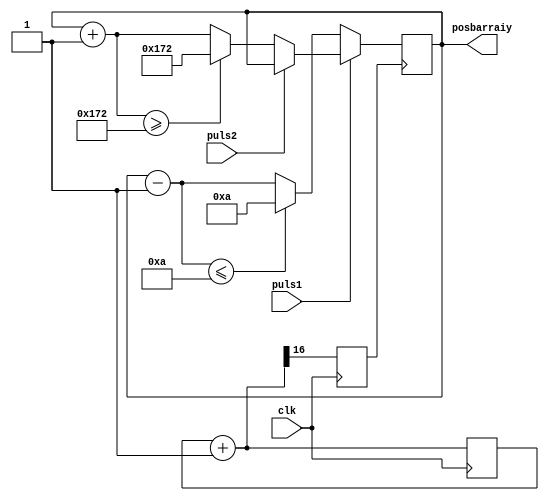
module Barrai(puls1, puls2, clk, posbarraiy);

    input clk;
    input puls1;
    input puls2;
    output reg [9:0] posbarraiy=220;

    reg clk3;
    reg [16:0] temp1=0;
    always @(posedge clk) begin
        temp1=temp1+1;
        clk3=temp1[16];
    end

    always@(posedge clk3)begin

        if(~puls1)begin
            posbarraiy=posbarraiy-1;
            if (posbarraiy<=10) posbarraiy=10;
            else posbarraiy=posbarraiy;
            end
        else if(~puls2)begin
            posbarraiy=posbarraiy+1;
            if (posbarraiy>=370) posbarraiy=370;
            else posbarraiy=posbarraiy;
            end
        else posbarraiy=posbarraiy;
    end

endmodule